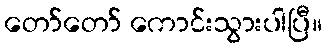
တော်တော် ကောင်းသွားပါပြီ။